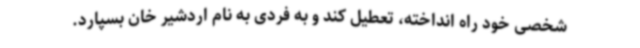
شخصی خود راه انداخته، تعطیل کند و به فردی به نام اردشیر خان بسپارد.